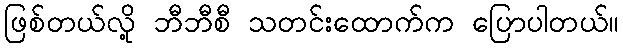
ဖြစ်တယ်လို့ ဘီဘီစီ သတင်းထောက်က ပြောပါတယ်။